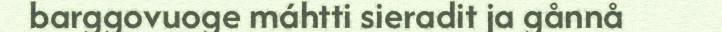
barggovuoge máhtti sieradit ja gånnå